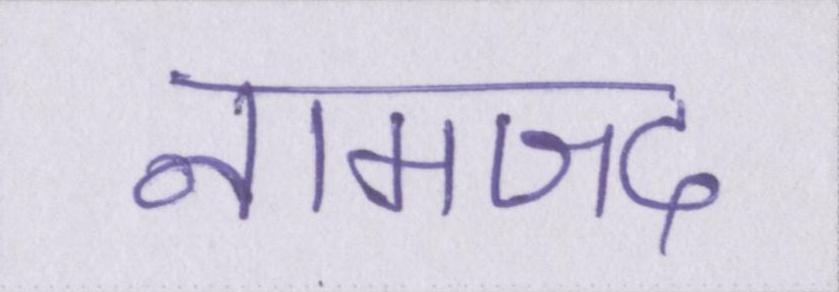
नामजद